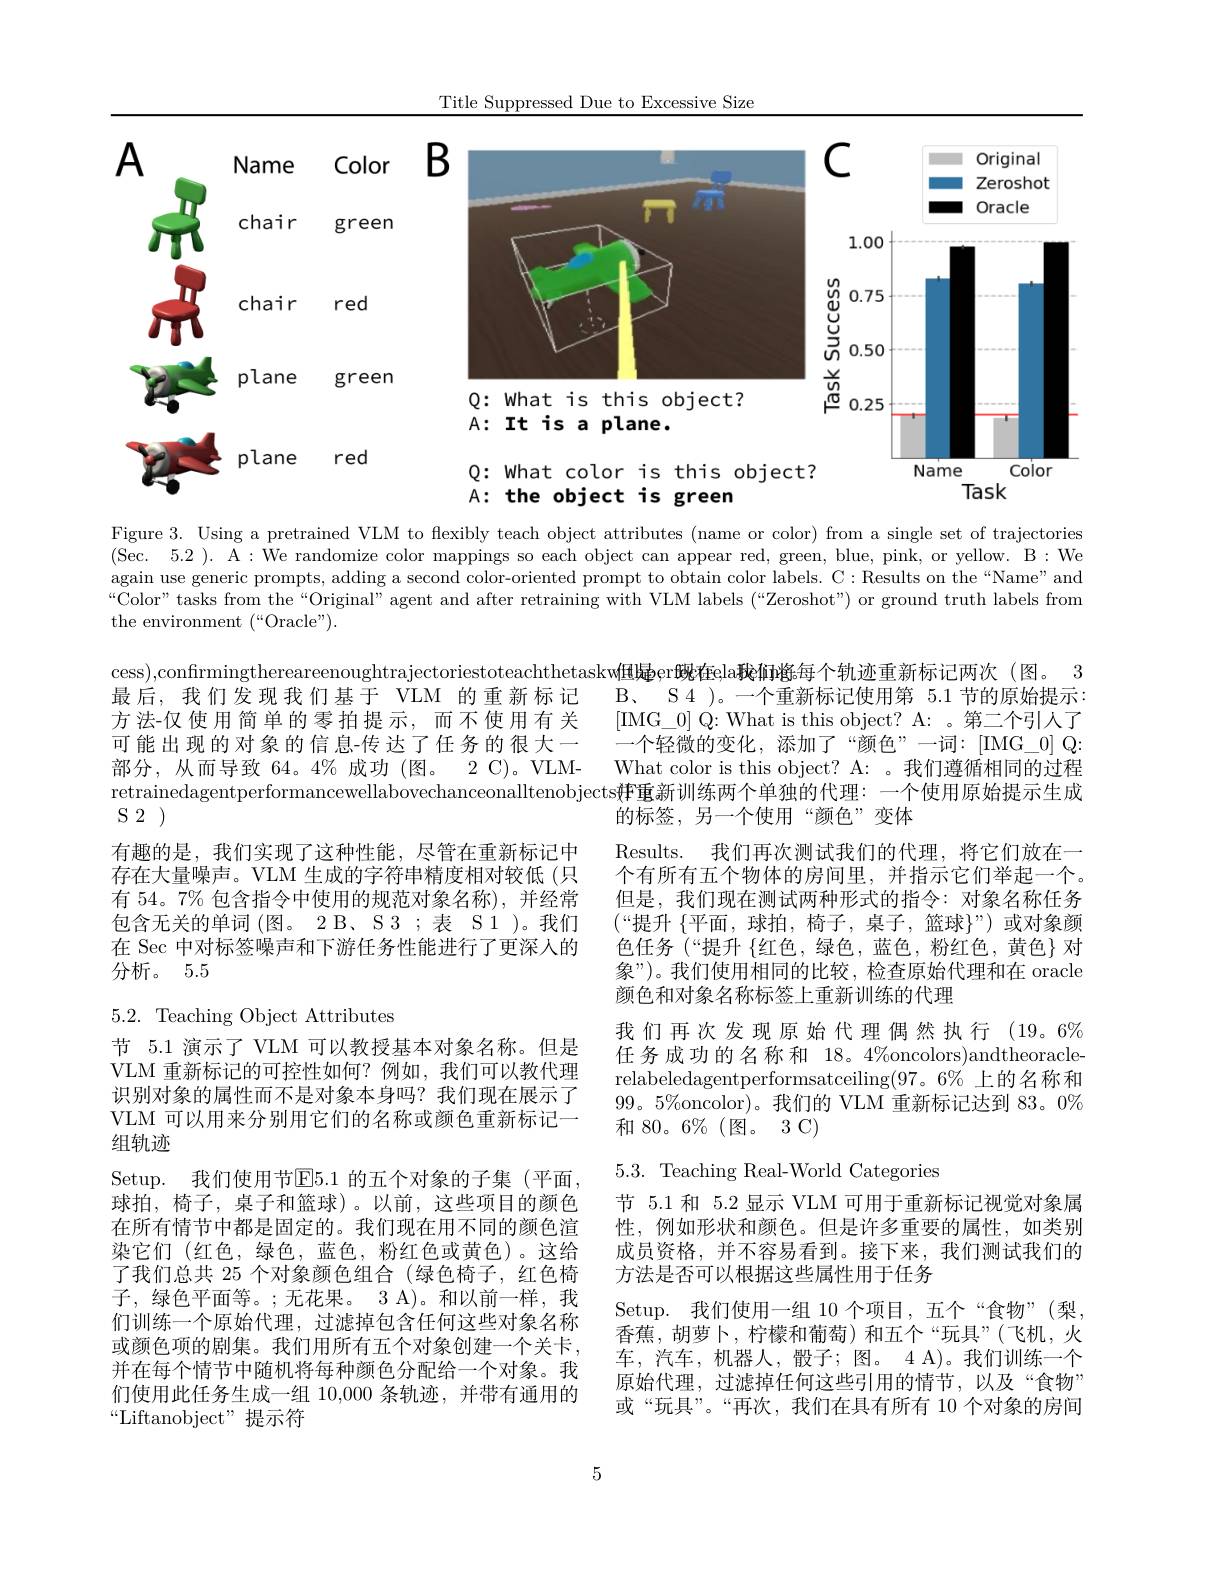
Title Suppressed Due to Excessive Size

<FigureHere>
A: It is a plane.

red

plane

Color

Name

Q: What color is this object?
A: the object is green

Task

Figure 3. Using a pretrained VLM to flexibly teach object attributes (name or color) from a single set of trajectories (Sec. 5.2 ). A : We randomize color mappings so each object can appear red, green, blue, pink, or yellow. B: We again use generic prompts, adding a second color-oriented prompt to obtain color labels. C: Results on the“Name”and “Color”tasks from the“Original” agent and after retraining with VLM labels (“Zeroshot") or ground truth labels from the environment (“Oracle”).

cess),confrmingthereareenoughtrajectoriestoteachthetaskw但蝇er魄在ela稂陥酱海个轨迹重新标记两次 (图。3
最后，我们发现我们基于 VLM 的重新标记
B、 S4 )。一个重新标记使用第 5.1 节的原始提示
方法-仅使用简单的零拍提示，而不使用有关
[IMG\_0]Q:What is this object? A: 。第二个引入了
可能出现的对象的信息-传达了任务的很大一
一个轻微的变化，添加了“颜色”一词：[IMG$\_0]Q:$ What color is this object? A: 。我们遵循相同的过程
部分，从而导致 64。4%成功(图。2 C)。VLM-
retrainedagentperformancewellabovechanceonalltenobjects्भ重新训练两个单独的代理：一个使用原始提示生成
$S2)$
的标签，另一个使用“颜色”变体

有趣的是，我们实现了这种性能，尽管在重新标记中存在大量噪声。VLM 生成的字符串精度相对较低 (只有 54。7% 包含指令中使用的规范对象名称),并经常包含无关的单词(图。2 B、S3;表 S1 )。我们在 Sec 中对标签噪声和下游任务性能进行了更深人的分析。5.5

5.2. Teaching Object Attributes

Results. 我们再次测试我们的代理，将它们放在一个有所有五个物体的房间里，并指示它们举起一个。但是，我们现在测试两种形式的指令：对象名称任务$(“$提升 $\{$平面，球拍，椅子，桌子，篮球$\}”)$ 或对象颜色任务 (“提升 $\{$红色，绿色，蓝色，粉红色，黄色}对象”)。我们使用相同的比较，检查原始代理和在 oracle 颜色和对象名称标签上重新训练的代理
我们再次发现原始代理偶然执行(19。6% 任务成功的名称和 18。4%oncolors)andtheoraclerelabeledagentperformsatceiling(97。6% 上的名称和$99。5\%$oncolor)。我们的 VLM 重新标记达到 83。0% 和 80。6%(图。3C)
5.3. Teaching Real-World Categories
节 5.1 和 5.2 显示 VLM 可用于重新标记视觉对象属性，例如形状和颜色。但是许多重要的属性，如类别成员资格，并不容易看到。接下来，我们测试我们的方法是否可以根据这些属性用于任务
Setup. 我们使用一组 10 个项目，五个“食物”(梨香蕉，胡萝卜，柠檬和葡萄)和五个“玩具”(飞机，火车，汽车，机器人，骰子；图。4A)。我们训练一个原始代理，过滤掉任何这些引用的情节，以及“食物” 或“玩具”。“再次，我们在具有所有 10 个对象的房间

节 5.1 演示了 VLM 可以教授基本对象名称。但是VLM 重新标记的可控性如何？例如，我们可以教代理识别对象的属性而不是对象本身吗？我们现在展示了VLM 可以用来分别用它们的名称或颜色重新标记一组轨迹
Setup. 我们使用节E5.1 的五个对象的子集(平面， 球拍，椅子，桌子和篮球)。以前，这些项目的颜色在所有情节中都是固定的。我们现在用不同的颜色渲染它们(红色，绿色，蓝色，粉红色或黄色)。这给了我们总共 25 个对象颜色组合 (绿色椅子，红色椅子，绿色平面等。;无花果。3 A)。和以前一样，我们训练一个原始代理，过滤掉包含任何这些对象名称或颜色项的剧集。我们用所有五个对象创建一个关卡， 并在每个情节中随机将每种颜色分配给一个对象。我们使用此任务生成一组 10,000 条轨迹，并带有通用的“Liftanobject”提示符

5